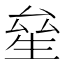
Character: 𤯢